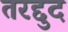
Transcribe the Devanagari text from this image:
तरद्दुद